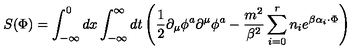
S ( \Phi ) = \int _ { - \infty } ^ { 0 } d x \int _ { - \infty } ^ { \infty } d t \left( \frac { 1 } { 2 } \partial _ { \mu } \phi ^ { a } \partial ^ { \mu } \phi ^ { a } - \frac { m ^ { 2 } } { \beta ^ { 2 } } \sum _ { i = 0 } ^ { r } n _ { i } e ^ { \beta \alpha _ { i } \cdot \Phi } \right)